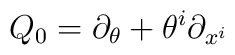
Q_{0} = \partial_{\theta} + \theta^{i}\partial_{x^{i}}